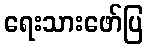
ရေးသားဖော်ပြ